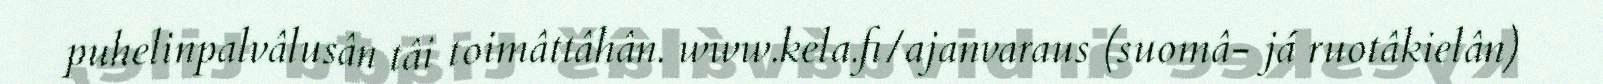
puhelinpalvâlusân tâi toimâttâhân. www.kela.fi/ajanvaraus (suomâ- já ruotâkielân)